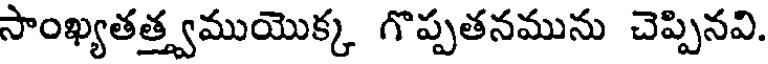
సాంఖ్యతత్త్వముయొక్క గొప్పతనమును చెప్పినవి.